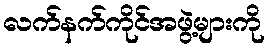
လက်နက်ကိုင်အဖွဲ့များကို